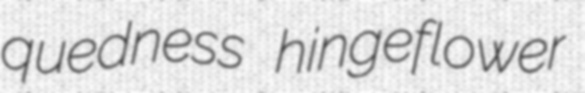
quedness hingeflower